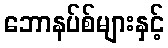
ဘောနပ်စ်များနှင့်